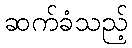
ဆက်ခံသည့်